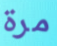
مرة